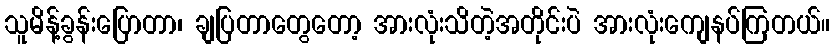
သူမိန့်ခွန်းပြောတာ၊ ချပြတာတွေတော့ အားလုံးသိတဲ့အတိုင်းပဲ အားလုံးကျေနပ်ကြတယ်။